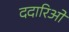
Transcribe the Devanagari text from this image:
ददारिओ